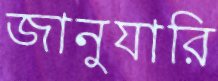
জানুযারি